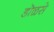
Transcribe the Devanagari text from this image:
डॊळसे